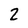
Character: 2